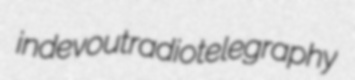
indevout radiotelegraphy